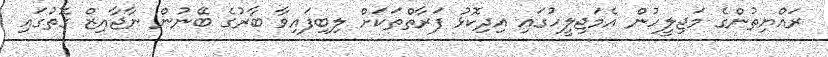
ރައްޔިތުންގެ މަޖިލީހުން އެމަޖިލީހުގައި އިދިކޮޅު ފަރާތްތަކަށް ލިބިފައިވާ ބާރުގެ ބޭނުން ނާޖާއިޒް ގޮތުގައި